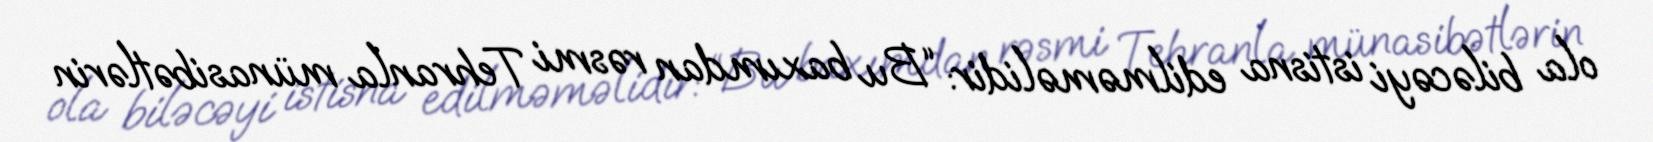
ola biləcəyi istisna edilməməlidir: “Bu baxımdan rəsmi Tehranla münasibətlərin